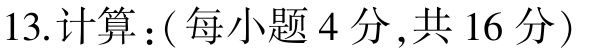
13.计算：(每小题4分,共16分)